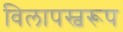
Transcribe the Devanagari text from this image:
विलापस्वरूप